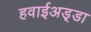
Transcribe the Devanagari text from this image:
हवाईअड़्डा